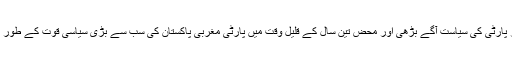
انہی طبقات کی بنیاد پر پارٹی کی سیاست آگے بڑھی اور محض تین سال کے قلیل وقت میں پارٹی مغربی پاکستان کی سب سے بڑی سیاسی قوت کے طور پر ابھر کر سامنے آئی۔